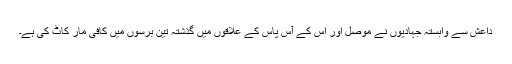
داعش سے وابستہ جہادیوں نے موصل اور اس کے آس پاس کے علاقوں میں گذشتہ تین برسوں میں کافی مار کاٹ کی ہے۔